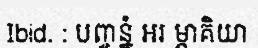
Ibid. : បញ្ចន្នំ អរ ម្ភាគិយា